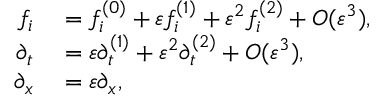
\begin{array} { r l } { f _ { i } } & { { } = f _ { i } ^ { ( 0 ) } + \varepsilon f _ { i } ^ { ( 1 ) } + \varepsilon ^ { 2 } f _ { i } ^ { ( 2 ) } + O ( \varepsilon ^ { 3 } ) , } \\ { \partial _ { t } } & { { } = \varepsilon \partial _ { t } ^ { ( 1 ) } + \varepsilon ^ { 2 } \partial _ { t } ^ { ( 2 ) } + O ( \varepsilon ^ { 3 } ) , } \\ { \partial _ { x } } & { { } = \varepsilon \partial _ { x } , } \end{array}